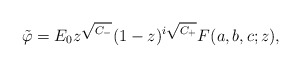
\begin{align*}\tilde\varphi = E_0 z^{\sqrt{C_-}} (1-z)^{i\sqrt{C_+}} F(a,b,c;z),\end{align*}